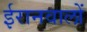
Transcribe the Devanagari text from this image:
ईरानवालों